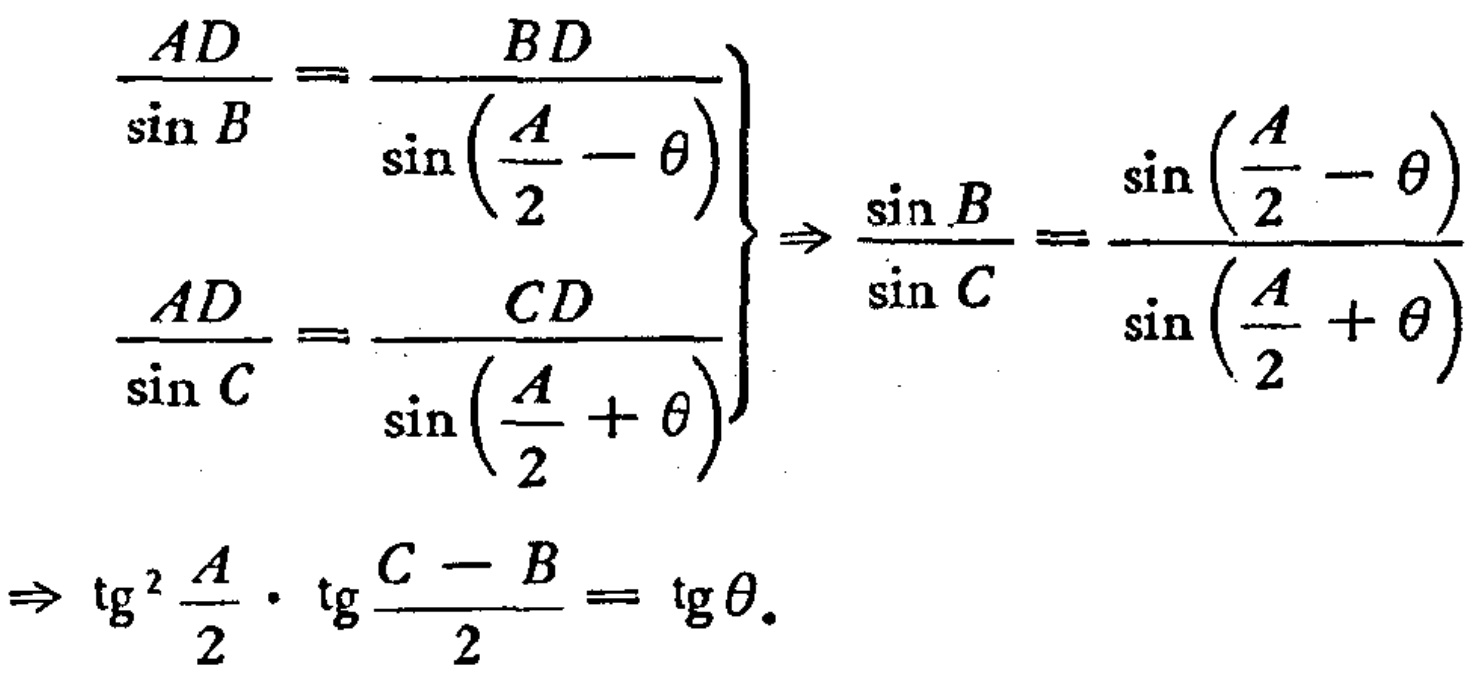
\[
\begin{align*}
\left.\begin{array}{l}
\frac{AD}{\sin B}=\frac{BD}{\sin\left(\frac{A}{2}-\theta\right)}\\
\frac{AD}{\sin C}=\frac{CD}{\sin\left(\frac{A}{2}+\theta\right)}
\end{array}\right\}
&\Rightarrow\frac{\sin B}{\sin C}=\frac{\sin\left(\frac{A}{2}-\theta\right)}{\sin\left(\frac{A}{2}+\theta\right)}\\
\Rightarrow\mathrm{tg}^{2}\frac{A}{2}\cdot\mathrm{tg}\frac{C - B}{2}&=\mathrm{tg}\theta.
\end{align*}
\]